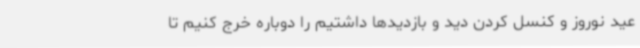
عید نوروز و کنسل کردن دید و بازدیدها داشتیم را دوباره خرج کنیم تا